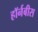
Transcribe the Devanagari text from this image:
हॉर्नबीस